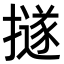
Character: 𢷊